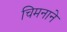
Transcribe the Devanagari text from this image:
चिमनाने